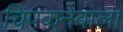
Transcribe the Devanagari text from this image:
चिपकनेवाला